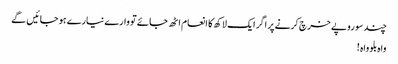
چند سو روپے خرچ کرنے پر اگر ایک لاکھ کا انعام اٹھ جائے تو وارے نیارے ہو جائیں گے
واہ بلو واہ !